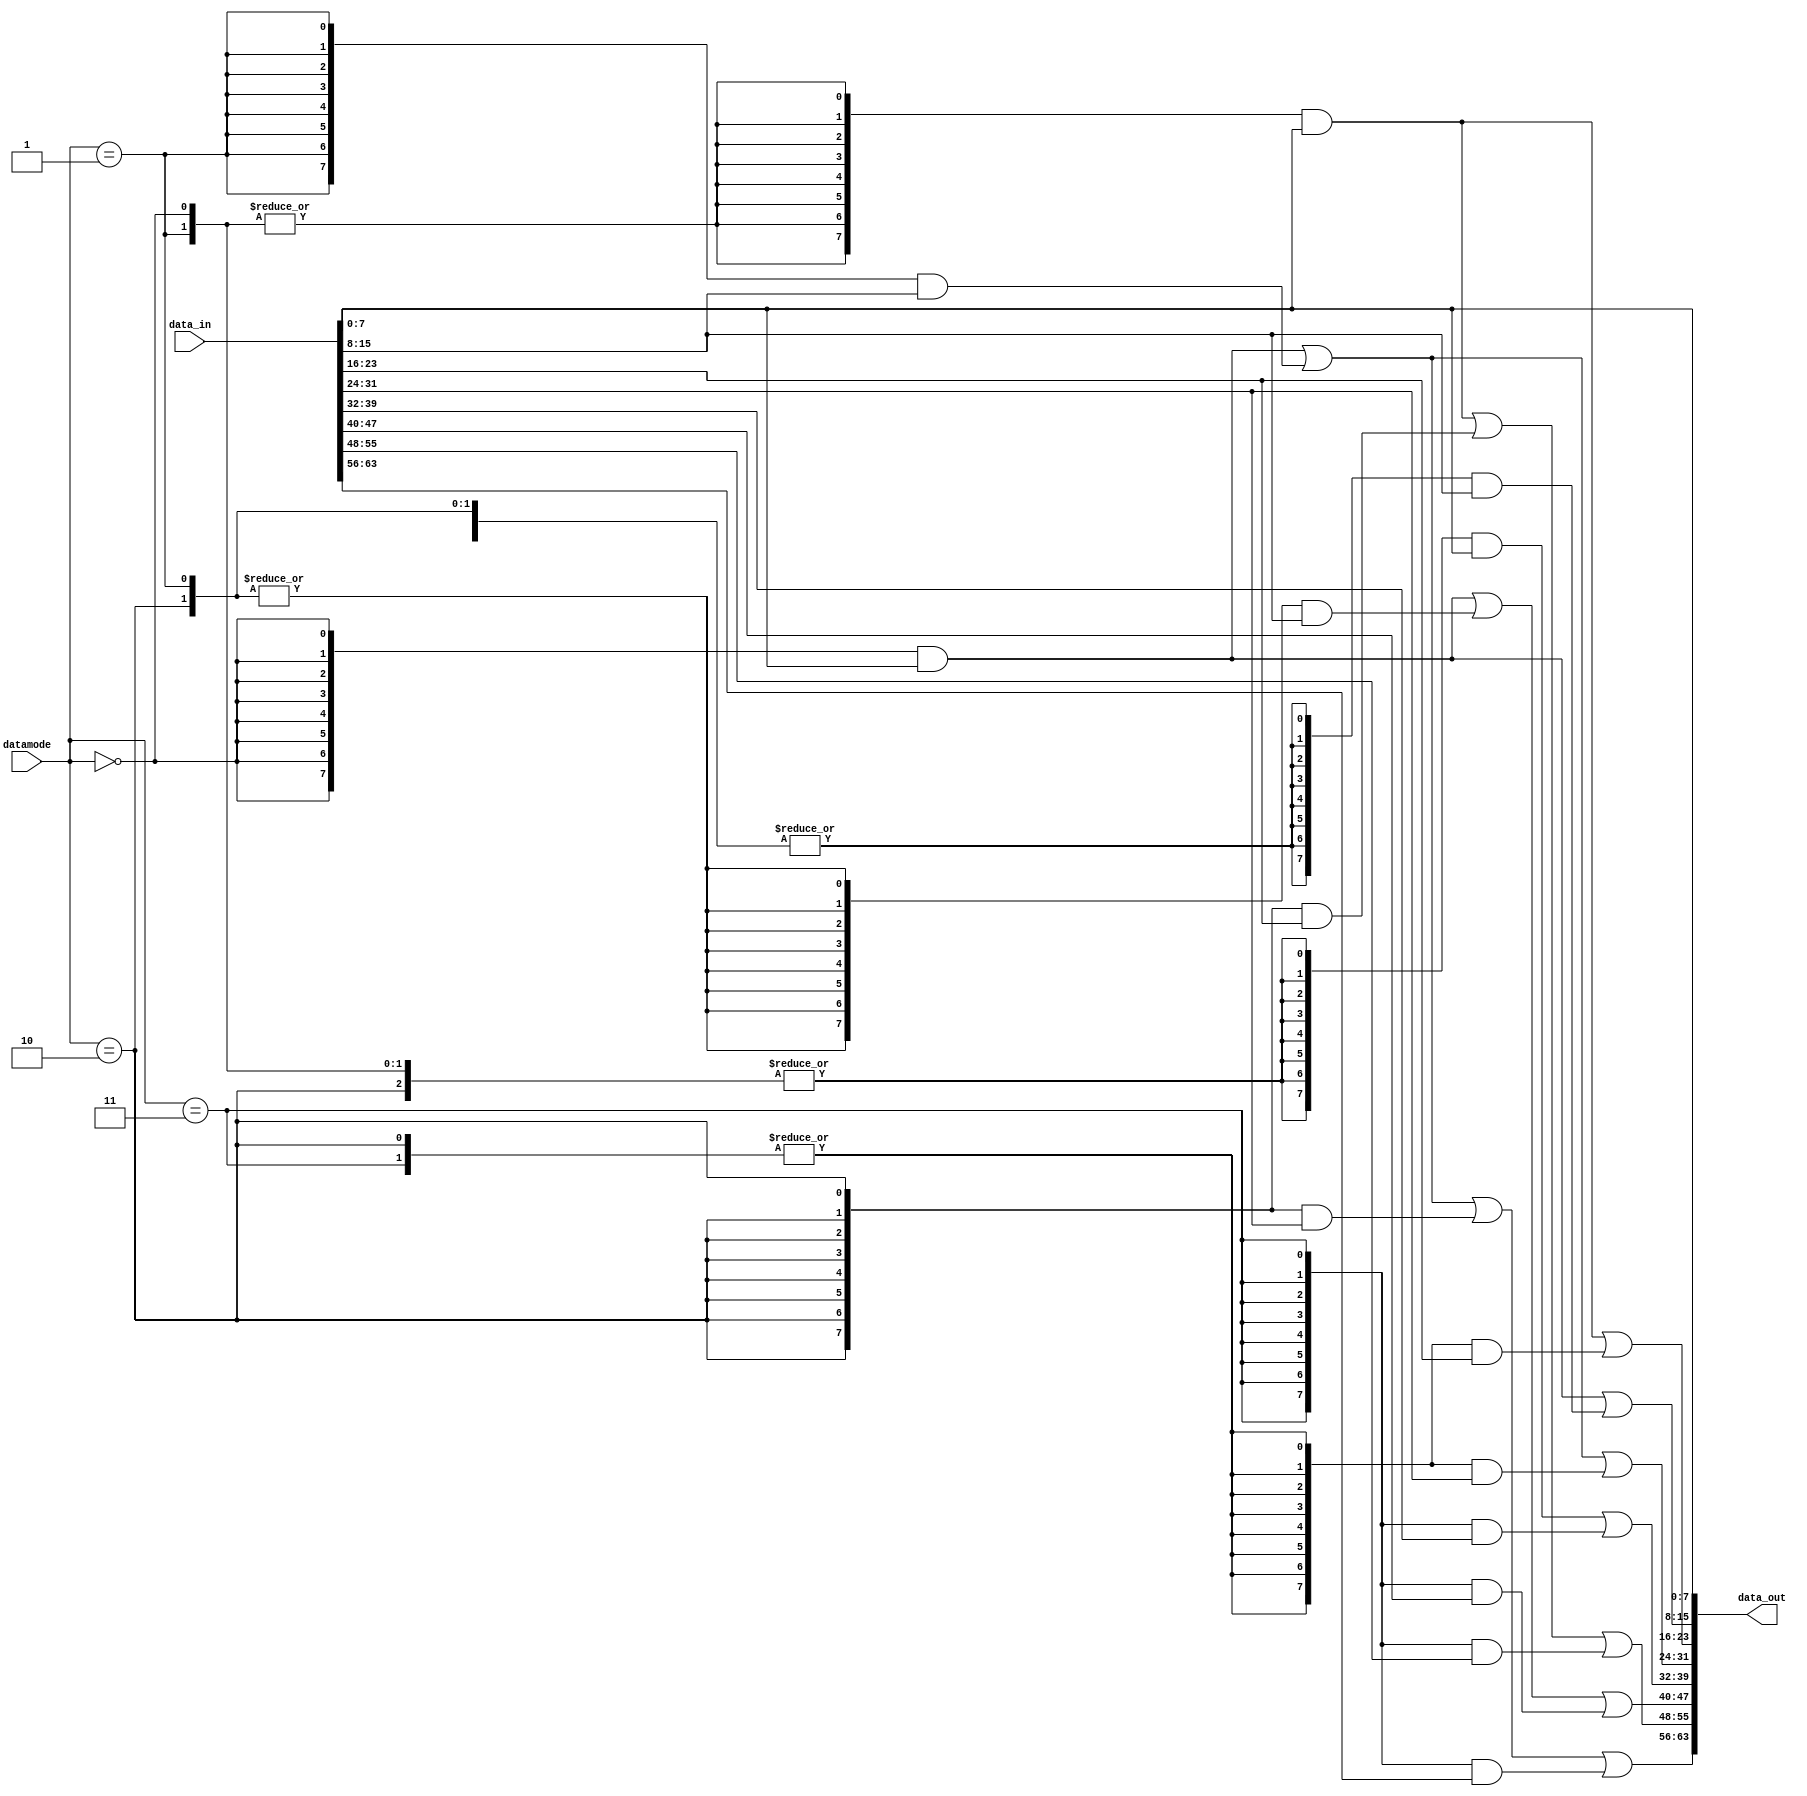
module emesh_wralign (
   data_out,
   datamode, data_in
   );
   input  [1:0]    datamode;
   input  [63:0]   data_in;
   output [63:0]   data_out;
   wire [3:0] data_size;
   assign data_size[0]= (datamode[1:0]==2'b00);
   assign data_size[1]= (datamode[1:0]==2'b01);
   assign data_size[2]= (datamode[1:0]==2'b10);
   assign data_size[3]= (datamode[1:0]==2'b11);
   assign data_out[7:0]   = data_in[7:0];
   assign data_out[15:8]  = {(8){data_size[0]}}      & data_in[7:0]   |
                            {(8){(|data_size[3:1])}} & data_in[15:8] ;
   assign data_out[23:16] = {(8){(|data_size[1:0])}} & data_in[7:0]   |
                            {(8){(|data_size[3:2])}} & data_in[23:16] ; 
   assign data_out[31:24] = {(8){data_size[0]}}      & data_in[7:0]   |
                            {(8){data_size[1]}}      & data_in[15:8]  |
                            {(8){(|data_size[3:2])}} & data_in[31:24] ; 
   assign data_out[39:32] = {(8){(|data_size[2:0])}} & data_in[7:0]   |
                            {(8){data_size[3]}}      & data_in[39:32] ;
   assign data_out[47:40] = {(8){data_size[0]}}      & data_in[7:0]   |
                            {(8){(|data_size[2:1])}} & data_in[15:8]  |
                            {(8){data_size[3]}}      & data_in[47:40] ;
   assign data_out[55:48] = {(8){(|data_size[1:0])}} & data_in[7:0]   |
                            {(8){data_size[2]}}      & data_in[23:16] |
                            {(8){data_size[3]}}      & data_in[55:48] ;
   assign data_out[63:56] = {(8){data_size[0]}}      & data_in[7:0]   |
                            {(8){data_size[1]}}      & data_in[15:8]  |
                            {(8){data_size[2]}}      & data_in[31:24] |
                            {(8){data_size[3]}}      & data_in[63:56] ;
endmodule